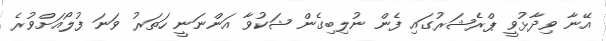
އޭނާ ވިދާޅުވީ ޕްރެޝަރުގައި ފެން ނުލިބިގެން ޝަކުވާ އަންނަނީ ހަތަރު ވަނަ ފުލޯއަށްވުރެ